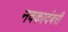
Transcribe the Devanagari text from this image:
नवकादंबरी